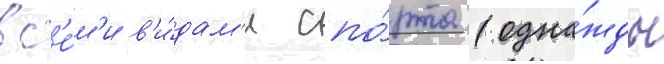
вс'е́м'и в'и́дам'и спо́рта (одна́жды